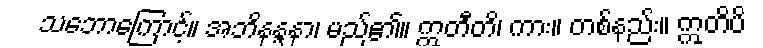
သဘောကြောင့်။ အဘိနန္ဒနာ၊ မည်၏။ ဣတီတိ၊ ကား။ တစ်နည်း။ ဣတိပိ